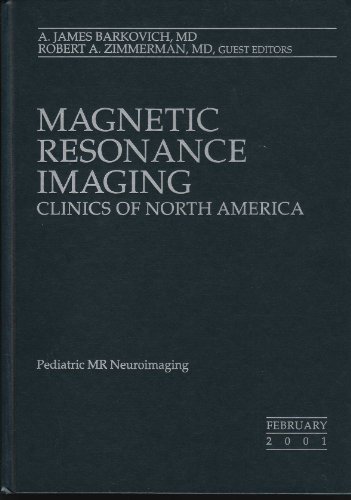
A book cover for Pediatric MR Neuroimaging (Magnetic Resonance Imaging Clinics of North America) (Volume 9 Number 1 February 2001); Health, Fitness & Dieting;